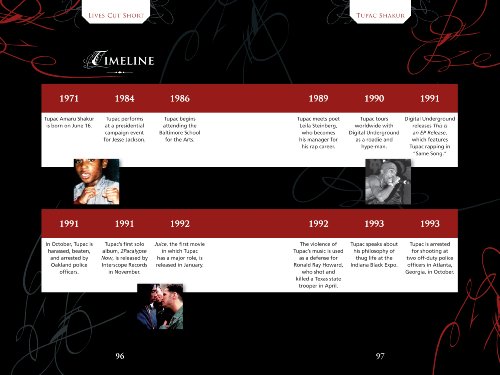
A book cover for Tupac Shakur: Multi-Platinum Rapper (Lives Cut Short); Ashley Rae Harris; Teen & Young Adult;